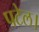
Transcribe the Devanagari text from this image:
पटेल।